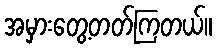
အမှားတွေ့တတ်ကြတယ်။